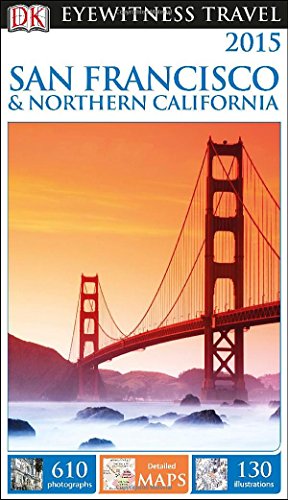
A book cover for DK Eyewitness Travel Guide: San Francisco & Northern California; DK Publishing; Travel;